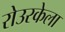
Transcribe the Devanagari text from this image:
रोउरकेला